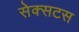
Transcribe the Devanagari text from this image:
सेक्सटस